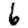
Digit: 6